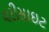
વરીસાઇટ